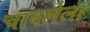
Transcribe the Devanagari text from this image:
चावलेला